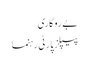
بے روگاری
پیپلز پارٹی رہنما